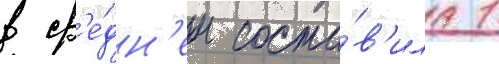
в ср'е́дн'ем соста́в'ила 1